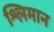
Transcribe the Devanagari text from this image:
श्लिमान